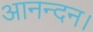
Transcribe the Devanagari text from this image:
आनन्दन।